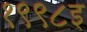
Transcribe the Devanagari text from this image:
१९९८इ